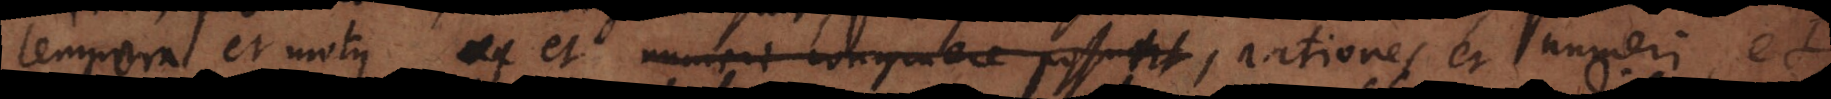
erg. l motus et numeri congruere possunt, rationes et numeri, et